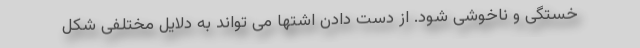
خستگی و ناخوشی شود. از دست دادن اشتها می تواند به دلایل مختلفی شکل